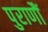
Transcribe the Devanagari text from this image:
पुराणौं